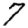
Digit: 7